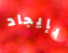
بإيجاد